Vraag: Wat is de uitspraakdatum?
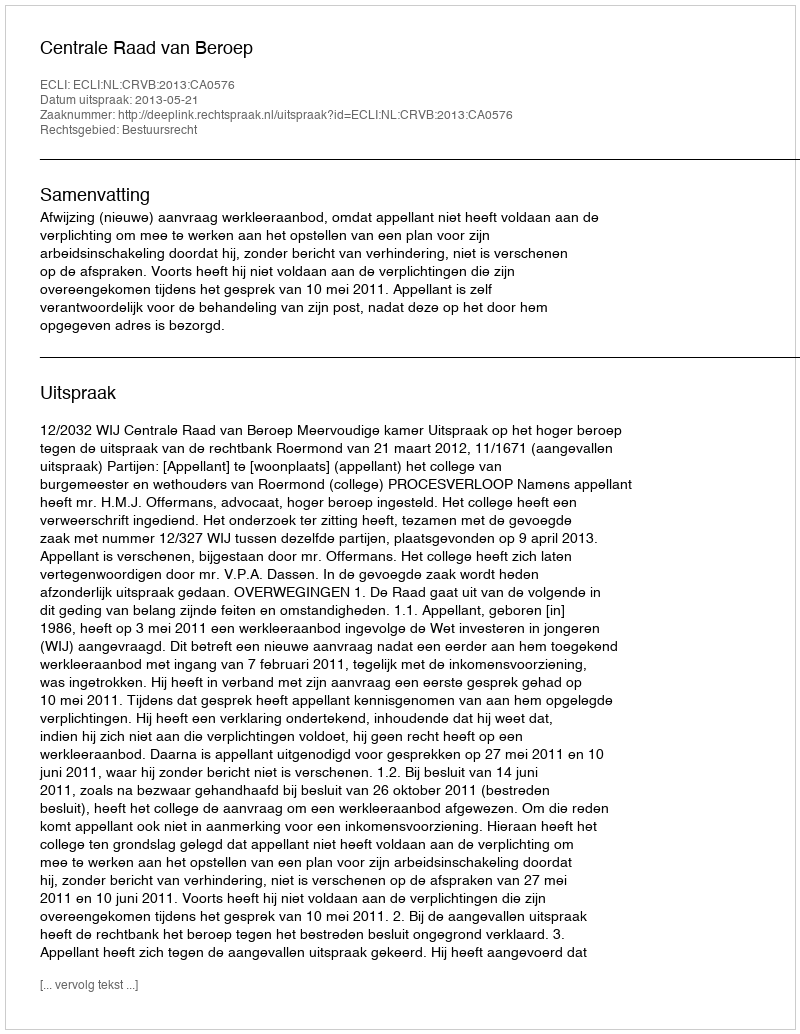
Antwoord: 2013-05-21